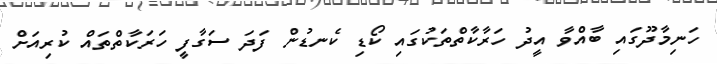
ހަނިމާދޫގައި ބާއްވާ އީދު ހަރާކާތްތަކުގައި ކޯޑި ކެނޑުން ފަދަ ސަގާފީ ހަރަކާތްތައް ކުރިއަށް